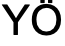
YÖ